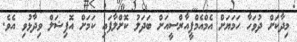
މިދާކަށް ދުވަހާ ހަމަޔަށް އެމްއެމްޕީއާރްސީއަށް ބަދަލު ކޮށްލާފައި ކަމަށް އޮފިޝަލް ވިދާޅުވި އެވެ.